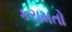
કરામતો